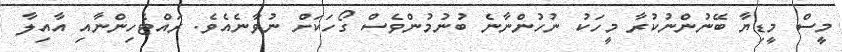
މީސް މީޑިޔާ ބޭނުންނުކުރާ މީހަކު ނުހުންނާނެ ބުނުމުންވެސް ގޯހަކަށް ނުވާނެއެވެ. ރައްޓެހިންނާއި އާއިލާ